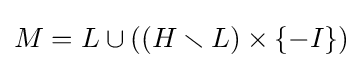
M=L\cup ((H\smallsetminus L)\times \{-I\})